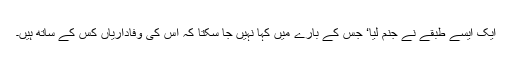
ایک ایسے طبقے نے جنم لیا‘ جس کے بارے میں کہا نہیں جا سکتا کہ اس کی وفاداریاں کس کے ساتھ ہیں۔